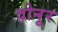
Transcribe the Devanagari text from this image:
दोनूर